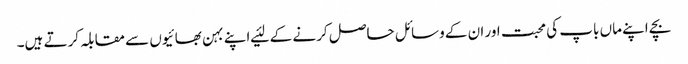
بچے اپنے ماں باپ کی محبت اور ان کے وسائل حاصل کرنے کے لئیے اپنے بہن بھائیوں سے مقابلہ کرتے ہیں۔